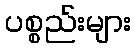
ပစ္စည်းများ